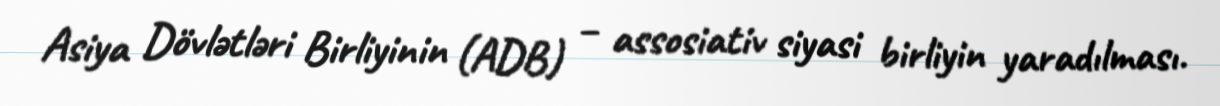
Asiya Dövlətləri Birliyinin (ADB) – assosiativ siyasi birliyin yaradılması.